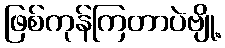
ဖြစ်ကုန်ကြတာပဲဗျို့